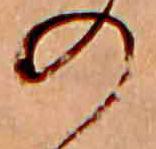
の